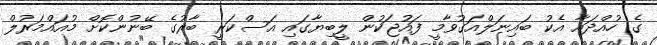
ގެ ހުއްދައާ އެކު ބައިނަލްއަގުވާމީ ފައުޖަކުން ލީބިޔާގައި އަސްކަރީ ބާރުގެ ބޭނުންކޮށް މުއައްމަރުލް